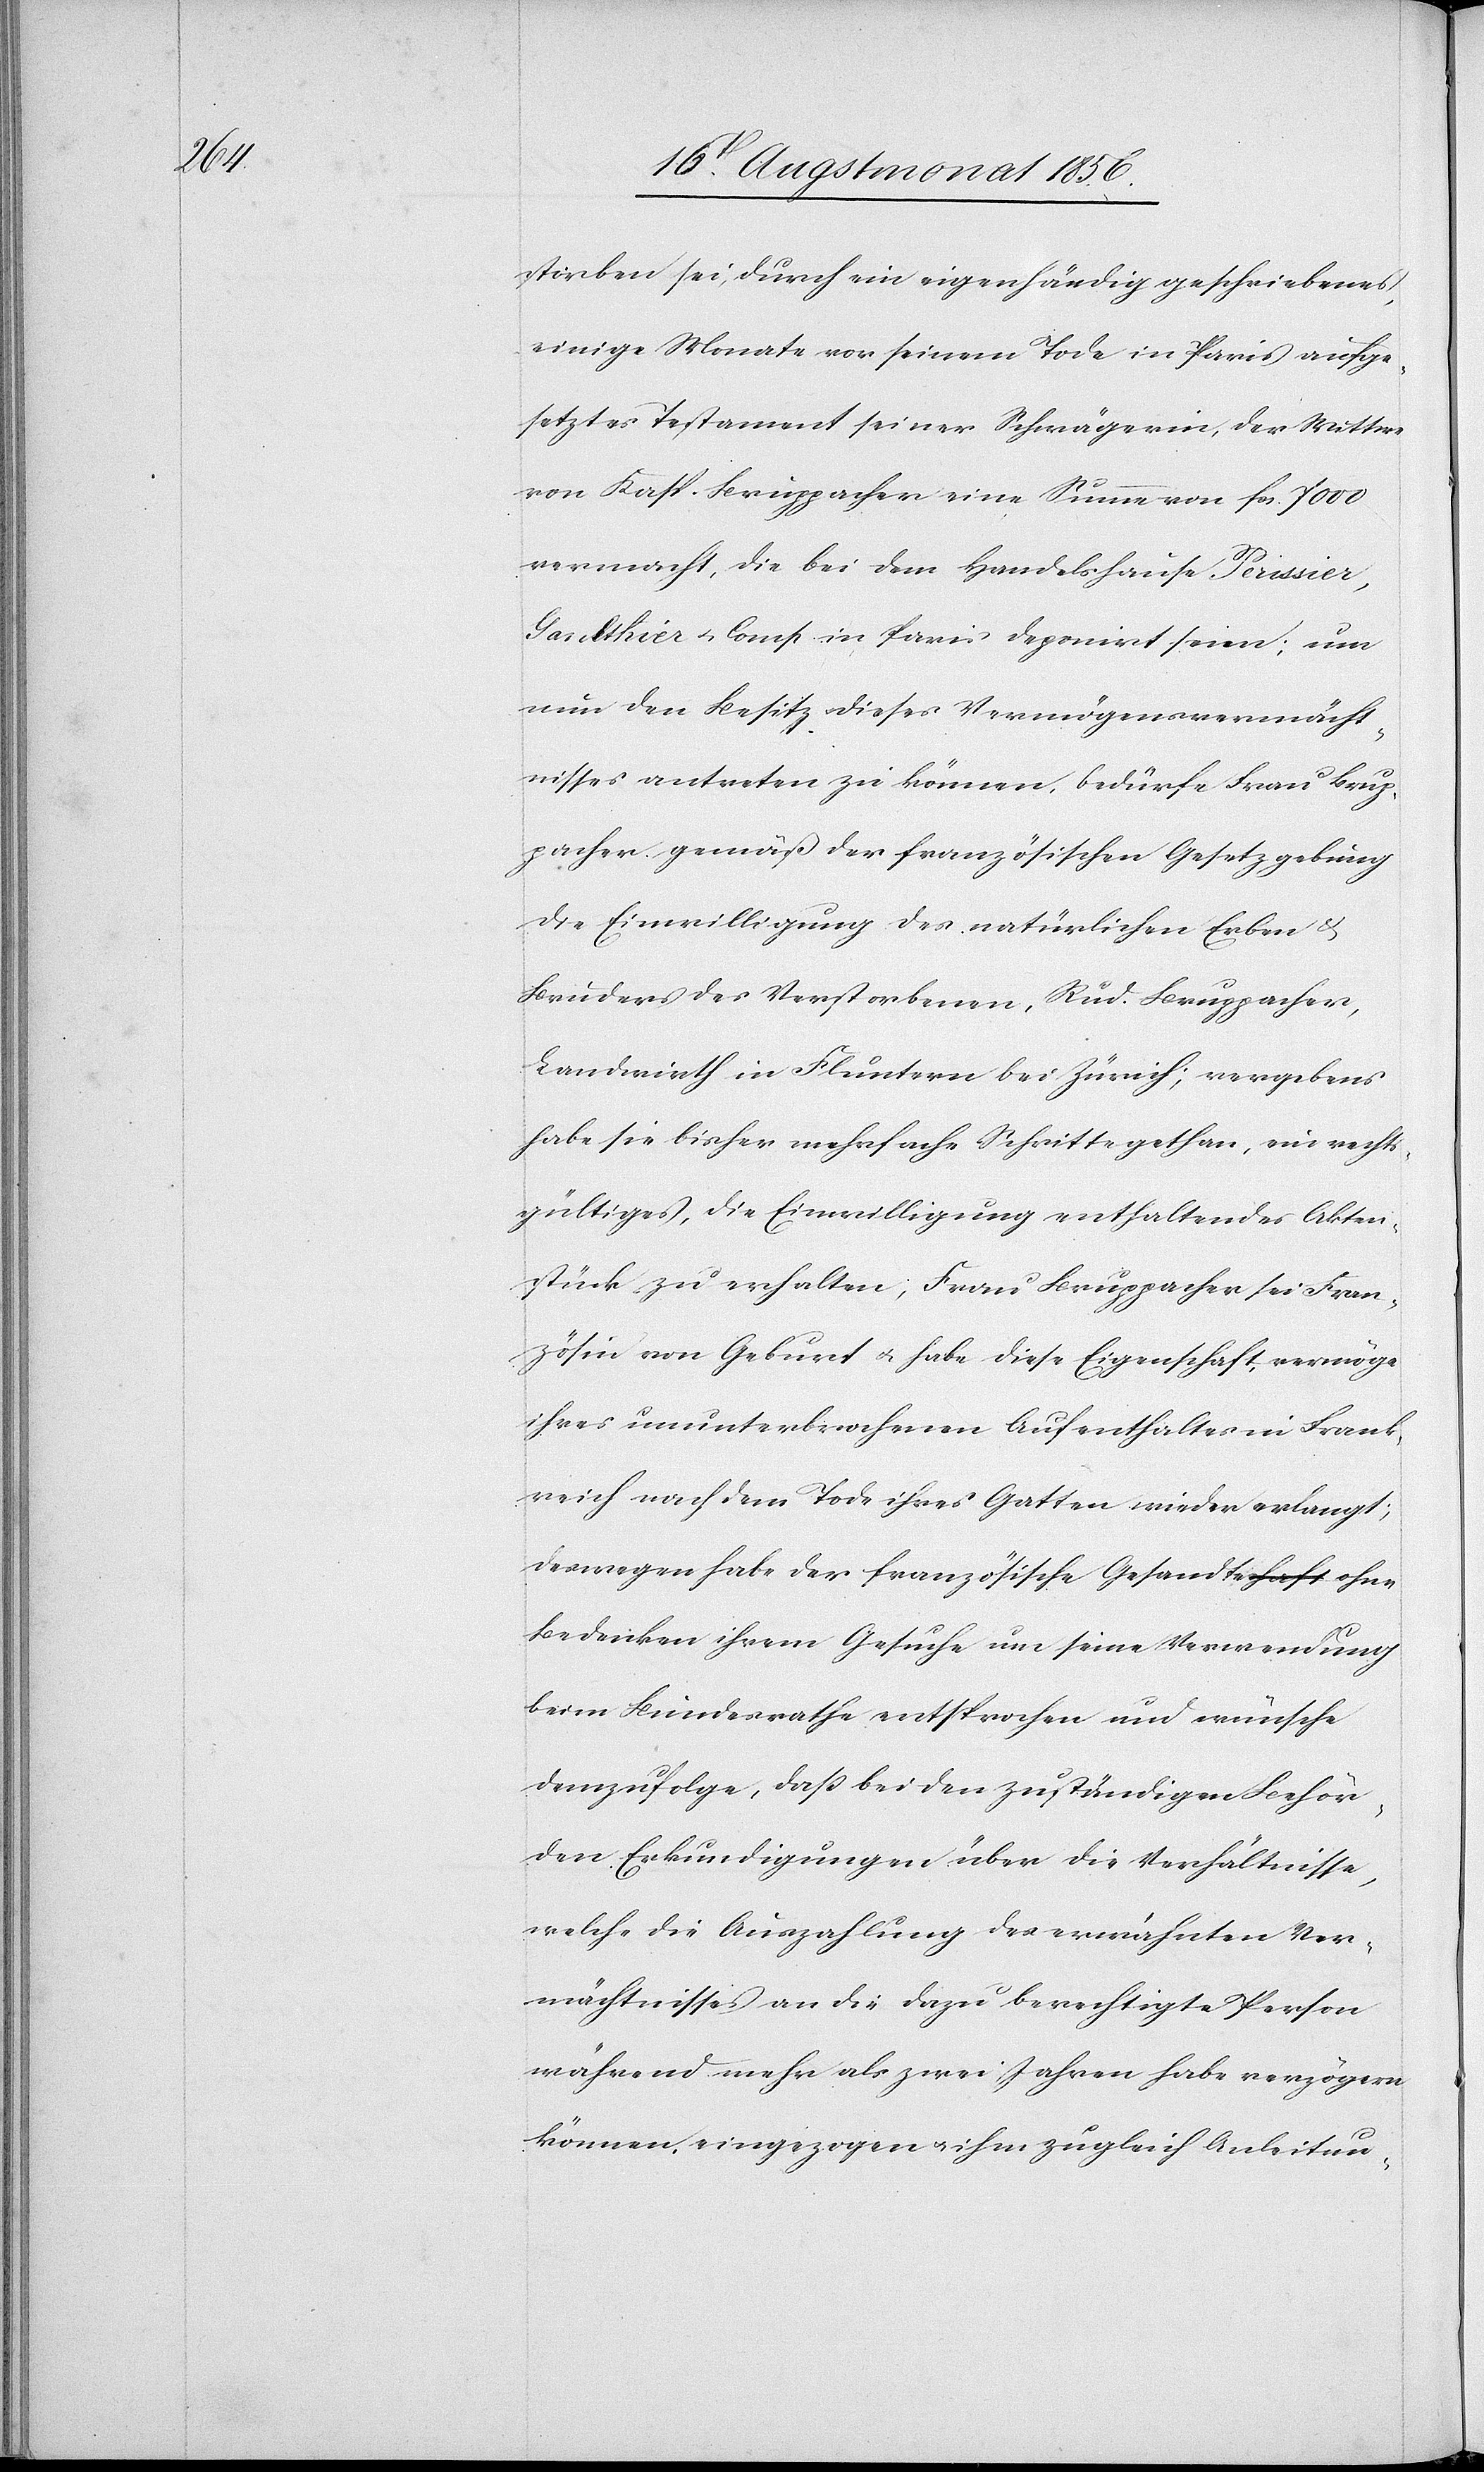
storben sei, durch ein eigenhändig geschriebenes,
einige Monate vor seinem Tode in Paris aufge¬
setztes Testament seiner Schwägerin, der Wittwe
von Kasp. Bruppacher eine Summe von fcs. 7000
vermacht, die bei dem Handelshause Perissier,
Gaulthier u. Comp. in Paris deponirt seien; um
nun den Besitz dieses Vermögensvermächt¬
nisses antreten zu können, bedürfe Frau Brup¬
pacher gemäß der französischen Gesetzgebung
die Einwilligung des natürlichen Erben &
Bruders des Verstorbenen, Rud. Bruppacher,
Landwirth in Fluntern bei Zürich; vergebens
habe sie bisher mehrfache Schritte gethan, ein rechts¬
gültiges, die Einwilligung enthaltendes Akten¬
stück zu erhalten; Frau Bruppacher sei Fran¬
zösin von Geburt u. habe diese Eigenschaft, vermöge
ihres ununterbrochenen Aufenthaltes in Frank¬
reich nach dem Tode ihres Gatten wieder erlangt;
deswegen habe der französische Gesandte ohne
Bedenken ihrem Gesuche um seine Verwendung
beim Bundesrathe entsprochen und wünsche
demzufolge, dass bei den zuständigen Behör¬
den Erkundigungen über die Verhältnisse
welche die Auszahlung des erwähnten Ver¬
mächtnisses an die dazu berechtigte Person
während mehr als zwei Jahren habe verzögern
können, eingezogen u. ihm zugleich Anleitun-